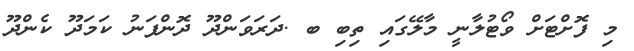
މި ފޮށްޓަށް ވޯޓުލާނީ މާލޭގައި ތިބި ބ .ދަރަވަންދޫ ދޮންފަނު ކަމަދޫ ކެންދޫ